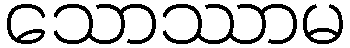
သောဿာမ